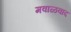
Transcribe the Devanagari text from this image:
मवाळवाद